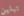
تبلين